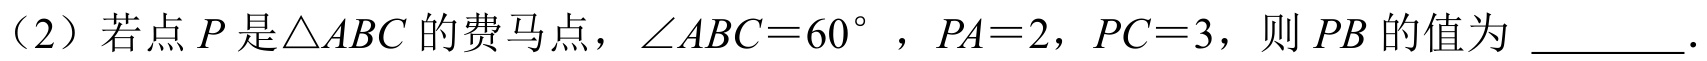
(2) 若点\(P\)是\(\triangle ABC\)的费马点，\(\angle ABC = 60^{\circ}\) ，\(PA = 2\)，\(PC = 3\)，则\(PB\)的值为 ________.